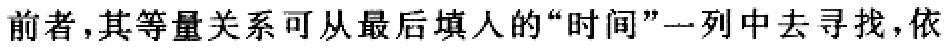
前者，其等量关系可从最后填人的“时间”一列中去寻找，依